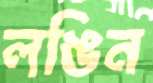
লঙিন